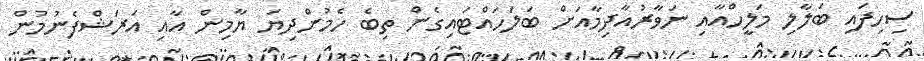
ސިހިފައި ބަލާލި މަލީހްއާއި ނަވާރުުއާދިމާއަށް ބަލަހައްޓައިގެން ތިބެ ހެމުންދިޔަ ޔާމިން އާއި އަރަޝްފެނުމުން